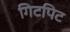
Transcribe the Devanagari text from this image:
गिटपिट